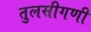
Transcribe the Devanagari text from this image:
तुलसीगणी